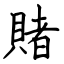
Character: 賭